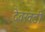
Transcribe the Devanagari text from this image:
देवखडी